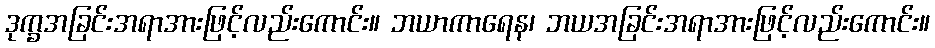
ဒုက္ခအခြင်းအရာအားဖြင့်လည်းကောင်း။ ဘယာကာရေန၊ ဘယအခြင်းအရာအားဖြင့်လည်းကောင်း။